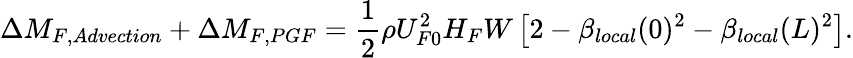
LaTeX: \Delta M_{F,Advection}+\Delta M_{F,PGF}=\frac{1}{2}\rho U_{F0}^{2}H_{F}W\left[2-\beta_{local}(0)^{2}-\beta_{local}(L)^{2}\right].